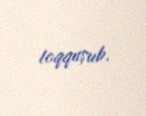
toqquşub.